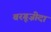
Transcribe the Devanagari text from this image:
बरगूज़ीदा